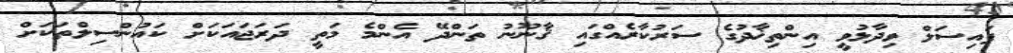
ފައިސަލް ވިދާޅުވީ އިންތިޚާދުގެ ސަރުކާރެއްގައި ޤާނޫނު ތަންދޭ އެންމެ މަތީ ދަރަޖައަކަށް ކައުންސިލްތަކަށް